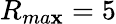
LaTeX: R_{ma\mathbf{x}}=5